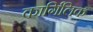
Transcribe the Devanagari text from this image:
कार्गिलिक